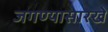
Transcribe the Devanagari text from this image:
जगण्यासारखे